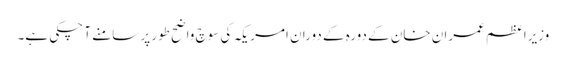
وزیراعظم عمران خان کے دورہ کے دوران امریکہ کی سوچ واضح طور پر سامنے آ چکی ہے۔